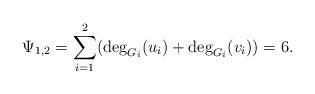
LaTeX: \begin{align*}\Psi_{1,2} = \sum_{i=1}^2 ( \deg_{G_i}(u_i) + \deg_{G_i}(v_i)) = 6.\end{align*}